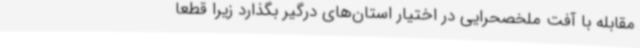
مقابله با آفت ملخصحرایی در اختیار استان‌های درگیر بگذارد زیرا قطعا